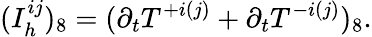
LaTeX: (I_{h}^{ij})_{8}=(\partial_{t}T^{+i(j)}+\partial_{t}T^{-i(j)})_{8}.